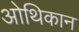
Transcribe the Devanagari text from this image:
ओथिकान